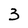
Character: 3